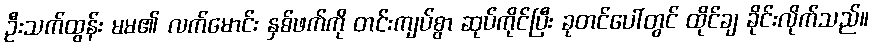
ဦးသက်ထွန်း မမ၏ လက်မောင်း နှစ်ဖက်ကို တင်းကျပ်စွာ ဆုပ်ကိုင်ပြီး ခုတင်ပေါ်တွင် ထိုင်ချ ခိုင်းလိုက်သည်။